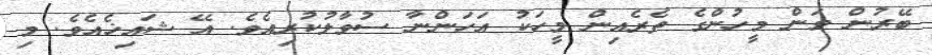
ބޭރުން ވަން މީހުންގެ ތެރެއިން މީހަކު އަހަންނާ ސުވާލުކުރިއެވެ. އޭ ޝައިޚެއެވެ. މި